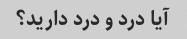
آیا درد و درد دارید؟